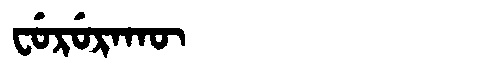
Manchu: ᠸᡠᡵᡠᡵᠠᡴᡡ
Romanization: FURURAKŪ